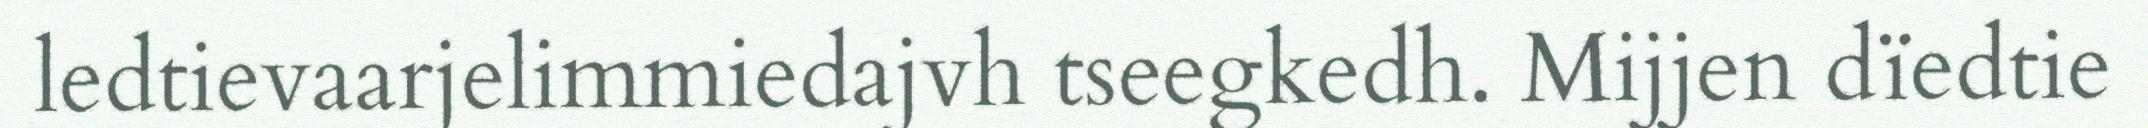
ledtievaarjelimmiedajvh tseegkedh. Mijjen dïedtie